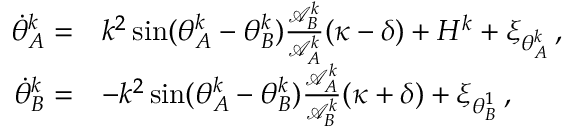
\begin{array} { r l } { \dot { \theta } _ { A } ^ { k } = } & { k ^ { 2 } \sin ( \theta _ { A } ^ { k } - \theta _ { B } ^ { k } ) \frac { \mathcal { A } _ { B } ^ { k } } { \mathcal { A } _ { A } ^ { k } } ( \kappa - \delta ) + H ^ { k } + \xi _ { \theta _ { A } ^ { k } } \, , } \\ { \dot { \theta } _ { B } ^ { k } = } & { - k ^ { 2 } \sin ( \theta _ { A } ^ { k } - \theta _ { B } ^ { k } ) \frac { \mathcal { A } _ { A } ^ { k } } { \mathcal { A } _ { B } ^ { k } } ( \kappa + \delta ) + \xi _ { \theta _ { B } ^ { 1 } } \, , } \end{array}